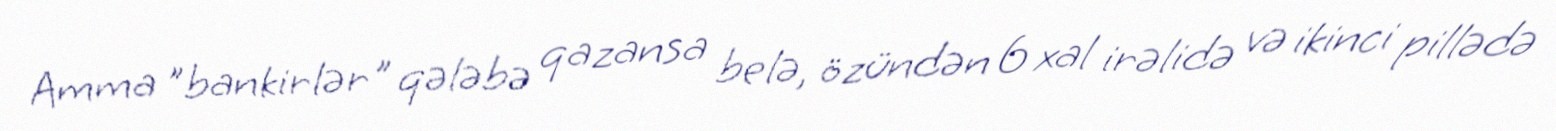
Amma "bankirlər" qələbə qazansa belə, özündən 6 xal irəlidə və ikinci pillədə